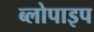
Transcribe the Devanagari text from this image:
ब्लोपाइप